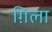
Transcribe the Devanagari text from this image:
ग़िला